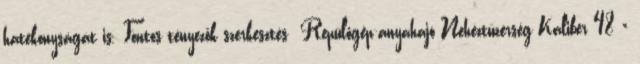
hatékonyságát is. Fontos tényezők szerkesztés Repülőgép-anyahajó Nehéztüzérség Kaliber 48 ×